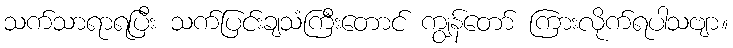
သက်သာရာရပြီး သက်ပြင်းချသံကြီးတောင် ကျွန်တော် ကြားလိုက်ရပါသဗျာ။